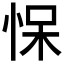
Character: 𰑠